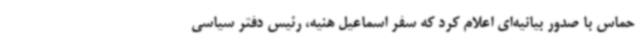
حماس با صدور بیانیه‌ای اعلام کرد که سفر اسماعیل هنیه، رئیس دفتر سیاسی